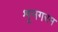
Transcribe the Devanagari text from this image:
शृनगरम